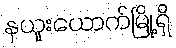
နယူးယောက်မြို့ရှိ